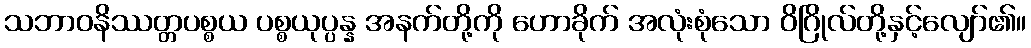
သဘာဝနိဿတ္တပစ္စယ ပစ္စယုပ္ပန္န အနက်တို့ကို ဟောခိုက် အလုံးစုံသော ဝိဂြိုလ်တို့နှင့်လျော်၏။